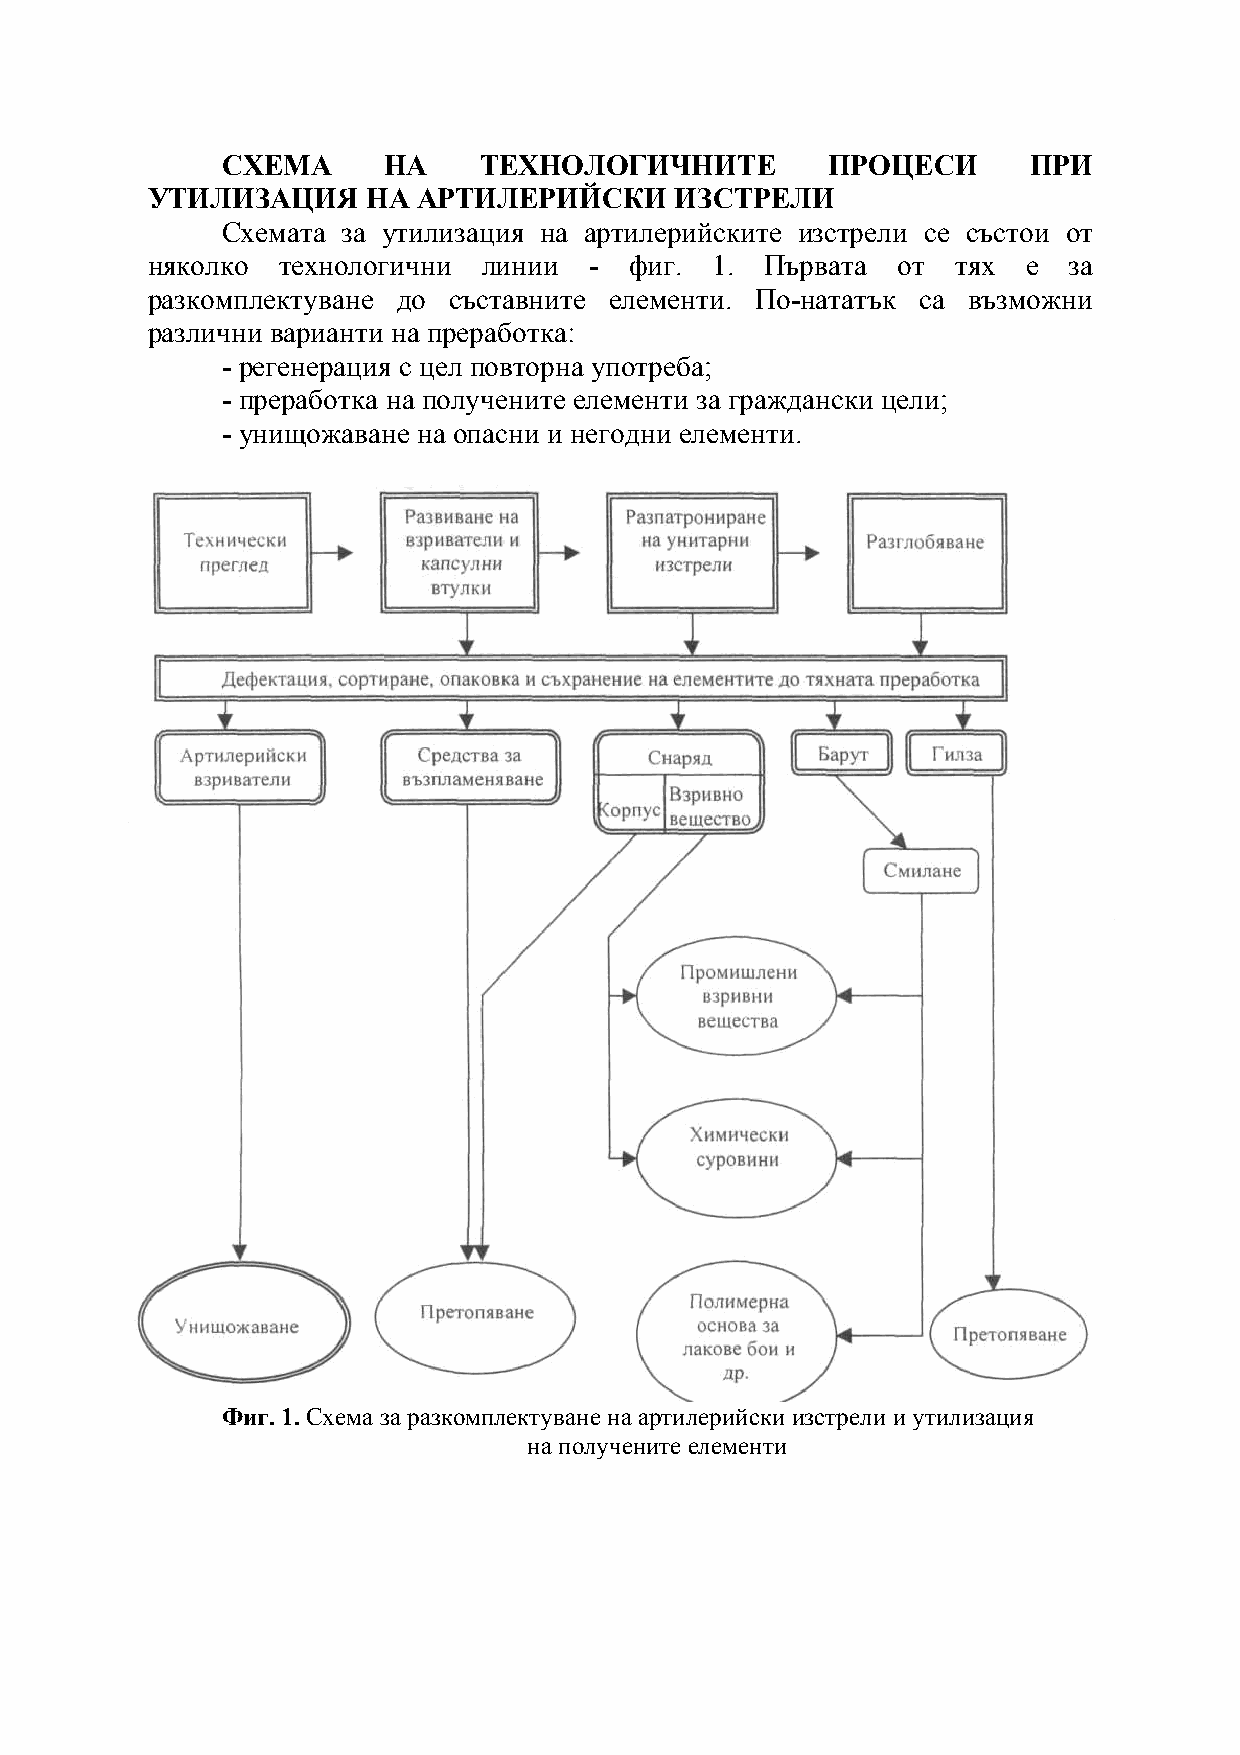
СХЕМА     НА     ТЕХНОЛОГИЧНИТЕ         ПРОЦЕСИ      ПРИ
 УТИЛИЗАЦИЯ    НА  АРТИЛЕРИЙСКИ     ИЗСТРЕЛИ
 Схемата за утилизация на артилерийските изстрели се състои от
 няколко технологични  линии  -  фиг. 1.  Първата от  тях  е  за
 разкомплектуване до съставните елементи. По-нататък са възможни
 различни варианти на преработка:
 - регенерация с цел повторна употреба;
 - преработка на получените елементи за граждански цели;
 - унищожаване на опасни и негодни елементи.
 Фиг. 1. Схема за разкомплектуване на артилерийски изстрели и утилизация
 на получените елементи